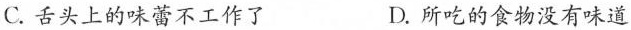
C. 舌头上的味蕾不工作了 D. 所吃的食物没有味道